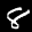
Label: 8